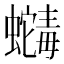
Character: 𬠶